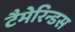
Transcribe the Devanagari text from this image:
टैमेरिन्डस